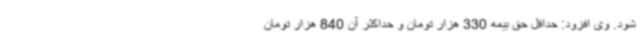
شود. وی افزود: حداقل حق بیمه 330 هزار تومان و حداکثر آن 840 هزار تومان